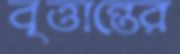
বৃত্তান্তের